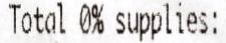
TOTAL 0% SUPPLIES: